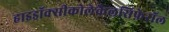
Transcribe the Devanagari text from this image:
हाइड्रॉक्सीकोलेकैलसिफ़ेरॉल